system: You are a helpful assistant.
user:
Analyze the provided spectrum to determine if it is a **S-type Star**.

- **Key Indicators for S-type Star:**

    - **(Overall Spectrum Shape):** The first and most obvious characteristic is the overall continuum (the "baseline" shape). It is **extremely "red-sloping,"** meaning the flux (light intensity) is very low on the left side (blue, ~4000-4500 Å) and rises steeply and continuously toward the right side (red, ~7000 Å+).

    - **(Primary):** The spectrum is defined by the presence of strong, broad molecular absorption "valleys" (bands) from **Zirconium Oxide (ZrO)**. The identification of these bands is the **primary requirement** for classifying a star as S-type.
        - **(Key Bandheads):** You must find distinct, deep "dips" where the light has been absorbed. The most critical band systems to locate are:
            - **~6474 Å** ($\gamma$-system): This is often the strongest and clearest ZrO feature, found in the red part of the spectrum.
            - **~5718 Å** & **~5551 Å** ($\beta$-system): A pair of prominent absorption features in the yellow-orange part of the spectrum.
            - **~4640 Å** ($\alpha$-system): A key absorption band system in the blue-green region of the spectrum.

    - **(Secondary Confirmation):** The classification is strengthened by finding additional absorption bands from other related heavy element oxides, which are expected to be present alongside ZrO.
        - **(Key Bandheads):**
            - **Yttrium Oxide (YO):** Look for absorption dips near **~4800 Å** and **~6100 Å**.
            - **Lanthanum Oxide (LaO):** Additional absorption features, particularly in the red-orange part of the spectrum, are also characteristic.

    - **(Line Profile):** The combination of the steep red continuum and these numerous, deep molecular bands (ZrO, YO, etc.) gives the entire spectrum a very **"chopped-up"** or **"bumpy"** appearance. Instead of a smooth curve, the spectrum looks as though large, wide chunks of light have been "carved out" of it at the specific wavelengths listed above.

Think first, call **spectral_visualization_tool** if needed to examine features in detail, then provide your final answer. Your response must adhere to the following strict rules:
1.  **Overall Structure:** Your response must follow the format `<think>...</think> <tool_call>...</tool_call> (if a tool is used) <answer>...</answer>`.
2.  **Tool Usage Constraint:** You may only make **one** tool call per turn.
3.  **Final Answer Format:** In the `<answer>` tag, your conclusion must be inside a `\boxed{}` command (e.g., `\boxed{YES}` or `\boxed{NO}`), followed by your justification.

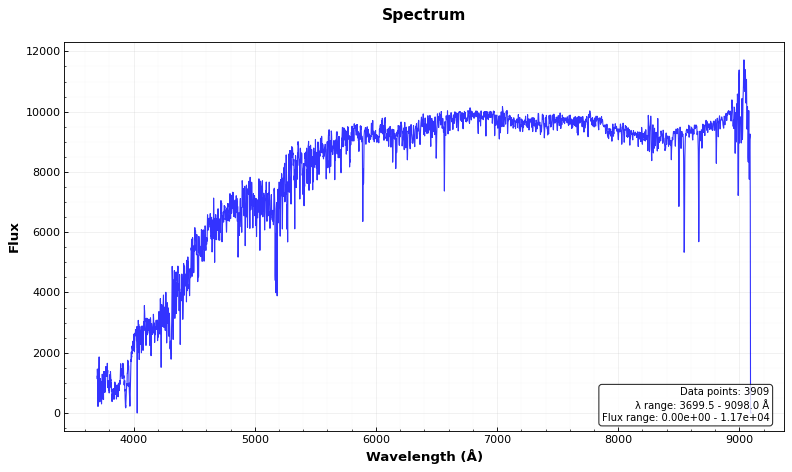
Answer: NO